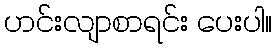
ဟင်းလျာစာရင်း ပေးပါ။